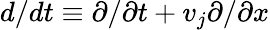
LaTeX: d/dt\equiv\partial/\partial t+{v}_{j}\partial/\partial x